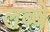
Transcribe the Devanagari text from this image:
लब्बे